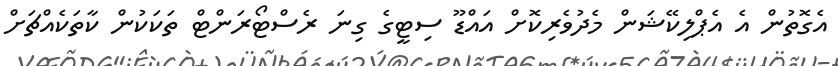
އެގޮތުން އެ އެޕްލިކޭޝަން މެދުވެރިކޮށް އައްޑޫ ސިޓީގެ ގިނަ ރެސްޓޯރަންޓް ތަކަކުން ކާތަކެއްޗަށް